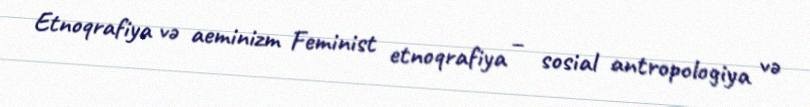
Etnoqrafiya və aeminizm Feminist etnoqrafiya – sosial antropologiya və